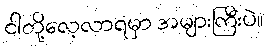
ငါတို့လေ့လာရမှာ အများကြီးပဲ။